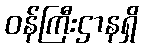
ဝန်ကြီးဌာနရှိ